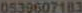
0539607183